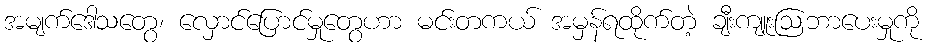
အမျက်ဒေါသတွေ၊ လှောင်ပြောင်မှုတွေဟာ မင်းတကယ် အမှန်ရထိုက်တဲ့ ချီးကျူးဩဘာပေးမှုကို